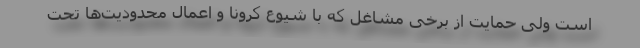
است ولی حمایت از برخی مشاغل که با شیوع کرونا و اعمال محدودیت‌ها تحت